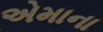
એમાના